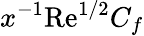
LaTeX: x^{-1}\textrm{Re}^{1/2}C_{f}